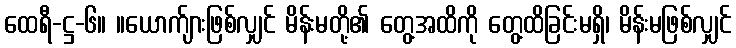
ထေရီ-ဋ္ဌ-၆။ ။ယောက်ျားဖြစ်လျှင် မိန်းမတို့၏ တွေ့အထိကို တွေ့ထိခြင်းမရှိ၊ မိန်းမဖြစ်လျှင်